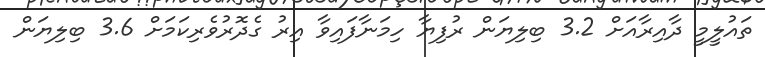
ތައުލީމީ ދާއިރާއަށް 3.2 ބިލިޔަން ރުފިޔާ ހިމަނާފައިވާ އިރު ގެދޮރުވެރިކަމަށް 3.6 ބިލިޔަން